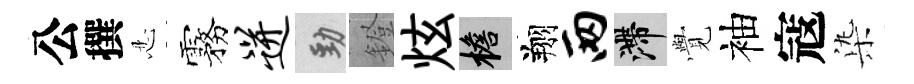
公撰忍霧迸勁鐙炫檐翔两滯𮗜袖寇𣑱